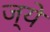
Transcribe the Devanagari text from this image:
ज्ये